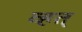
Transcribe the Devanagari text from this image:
व्हत्